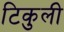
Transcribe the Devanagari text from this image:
टिकुली